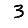
Digit: 3